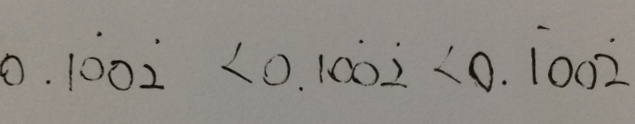
0 . 1 \dot { 0 } 0 \dot { 2 } < 0 . 1 0 \dot { 0 } \dot { 2 } < 0 . \dot { 1 } 0 0 \dot { 2 }